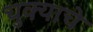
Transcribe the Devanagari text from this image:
चुक्याचे